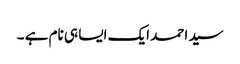
سید احمد ایک ایسا ہی نام ہے ۔